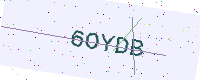
Text: 6OYDB